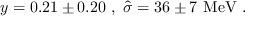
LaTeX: y = 0 . 2 1 \pm 0 . 2 0 \, \, , \, \, \hat { \sigma } = 3 6 \pm 7 \, \, \mathrm { M e V } \, \, .